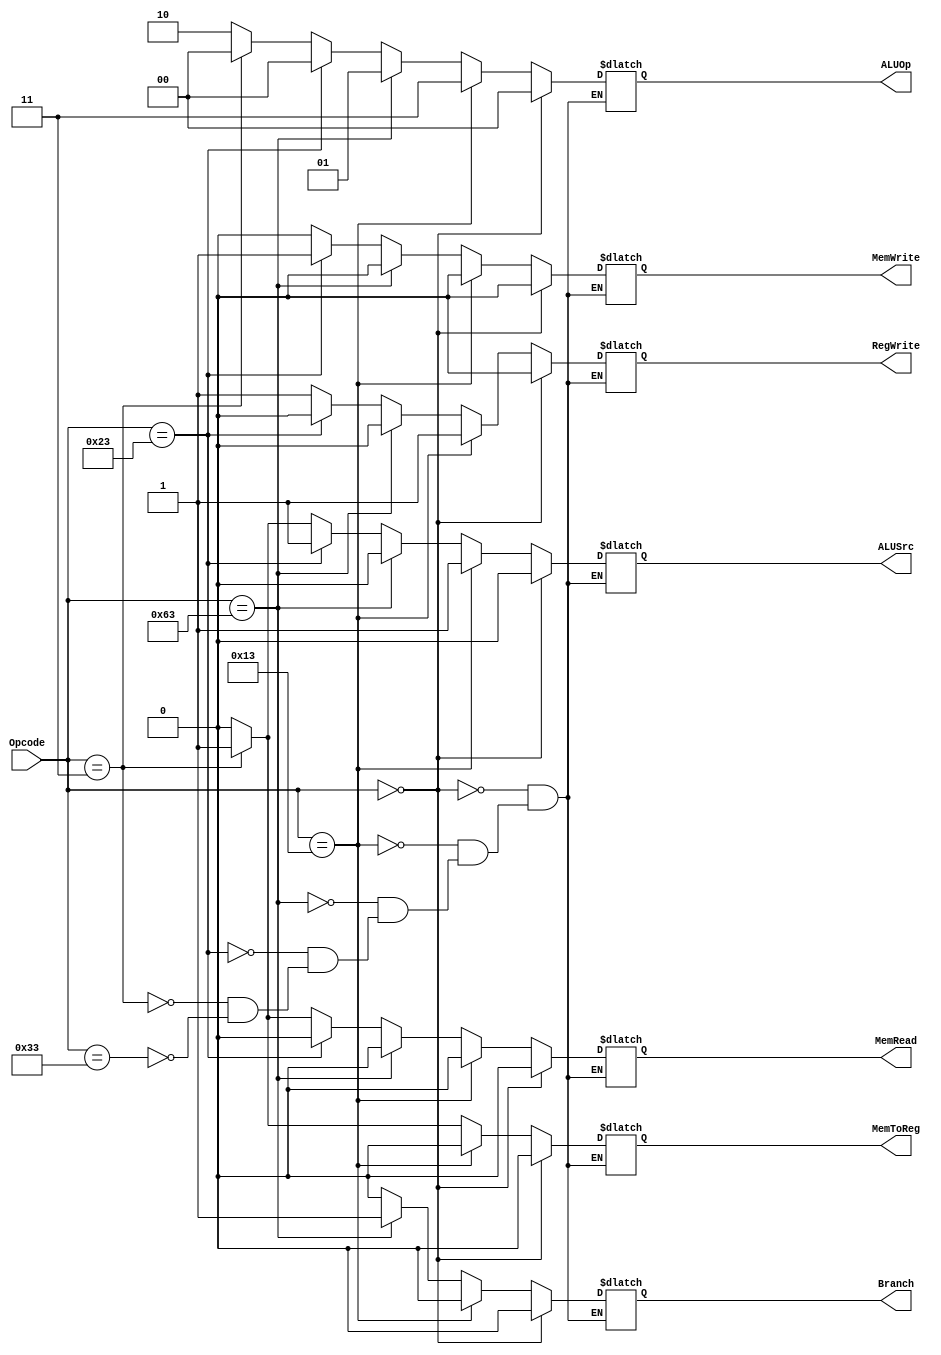
// This program was cloned from: https://github.com/AuraGuardian23/riscv_pipelined_processor
// License: MIT License

`timescale 1ns / 1ps

module Control_Unit(
    input [6:0] Opcode,
    output reg Branch, MemRead, MemToReg, MemWrite, ALUSrc, RegWrite,
    output reg [1:0] ALUOp
    );
    always @(*)
    begin
        if (Opcode == 7'b0110011) //RType
            begin
            ALUSrc <= 0;
            MemToReg <= 0;
            RegWrite <= 1;
            MemRead <= 0;
            MemWrite <= 0;
            Branch <= 0;
            ALUOp <= 2'b10;
            end
        if (Opcode == 7'b0000011) //IType 
            begin
            ALUSrc <= 1;
            MemToReg <= 1;
            RegWrite <= 1;
            MemRead <= 1;
            MemWrite <= 0;
            Branch <= 0;
            ALUOp <= 2'b00;
            end
        if (Opcode == 7'b0100011) //SType
            begin
            ALUSrc <= 1;
            MemToReg <= 1'bx;
            RegWrite <= 0;
            MemRead <= 0;
            MemWrite <= 1;
            Branch <= 0;
            ALUOp <= 2'b00;
            end
        if (Opcode == 7'b1100011) //SBType - beq/blt
            begin
            ALUSrc <= 0;
            MemToReg <= 1'bx;
            RegWrite <= 0;
            MemRead <= 0;
            MemWrite <= 0;
            Branch <= 1;
            ALUOp <= 2'b01;
            end
        if (Opcode == 7'b0010011) // addi/sll
            begin
            ALUSrc <= 1;
            MemToReg <= 0;
            RegWrite <= 1;
            MemRead <= 0;
            MemWrite <= 0;
            Branch <= 0;
            ALUOp <= 2'b11;
            end
        if (Opcode == 7'b0000000) // NOP
            begin
            ALUSrc <= 0;
            MemToReg <= 0;
            RegWrite <= 0;
            MemRead <= 0;
            MemWrite <= 0;
            Branch <= 0;
            ALUOp <= 2'b00;
            end
    end
endmodule